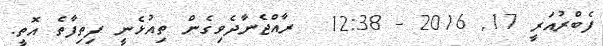
ފެބްރުއަރީ 17